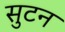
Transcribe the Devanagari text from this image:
सुटन